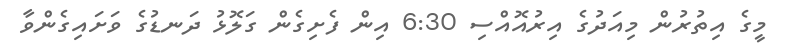
މީގެ އިތުރުން މިއަދުގެ އިރުއޮއްސި 6:30 އިން ފެށިގެން ގަލޮޅު ދަނޑުގެ ވަށައިގެންވާ